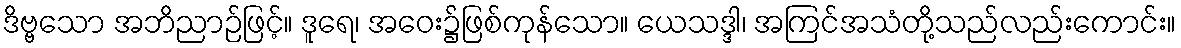
ဒိဗ္ဗသော အဘိညာဉ်ဖြင့်။ ဒူရေ၊ အဝေး၌ဖြစ်ကုန်သော။ ယေသဒ္ဒါ၊ အကြင်အသံတို့သည်လည်းကောင်း။